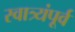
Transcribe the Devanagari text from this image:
स्वात्र्यंपूर्व